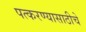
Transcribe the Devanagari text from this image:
पत्करण्यासाठीचे